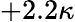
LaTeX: +2.2\kappa